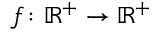
f \colon \mathbb { R } ^ { + } \to \mathbb { R } ^ { + }